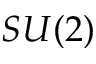
S U ( 2 )